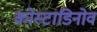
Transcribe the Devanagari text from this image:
कोस्टाडिनोव